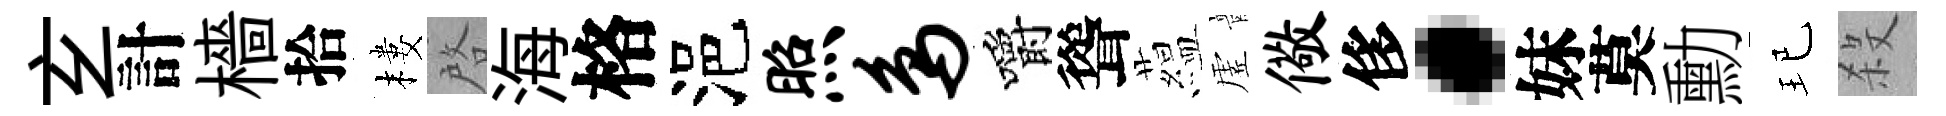
𤣥計檣拾樓啓海格浥照鸟嚼聳藴虗儆侈·妹莫勳玘殺